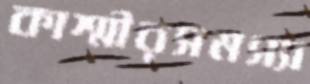
কাশ্মীরসমস্যা